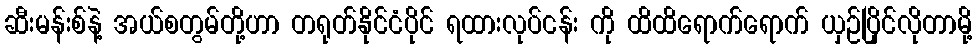
ဆီးမန်းစ်နဲ့ အယ်စတွမ်တို့ဟာ တရုတ်နိုင်ငံပိုင် ရထားလုပ်ငန်း ကို ထိထိရောက်ရောက် ယှဉ်ပြိုင်လိုတာမို့